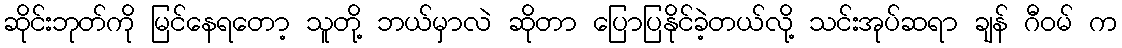
ဆိုင်းဘုတ်ကို မြင်နေရတော့ သူတို့ ဘယ်မှာလဲ ဆိုတာ ပြောပြနိုင်ခဲ့တယ်လို့ သင်းအုပ်ဆရာ ချန် ဂီဝမ် က